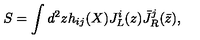
S = \int d ^ { 2 } z h _ { i j } ( X ) J _ { L } ^ { i } ( z ) { \bar { J } } _ { R } ^ { j } ( { \bar { z } } ) ,